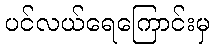
ပင်လယ်ရေကြောင်းမှ